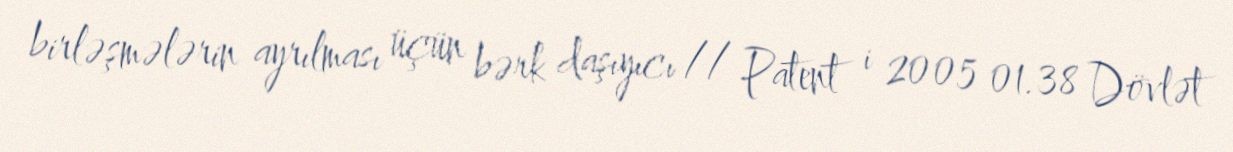
birləşmələrin ayrılması üçün bərk daşıyıcı // Patent i 2005 01.38 Dövlət